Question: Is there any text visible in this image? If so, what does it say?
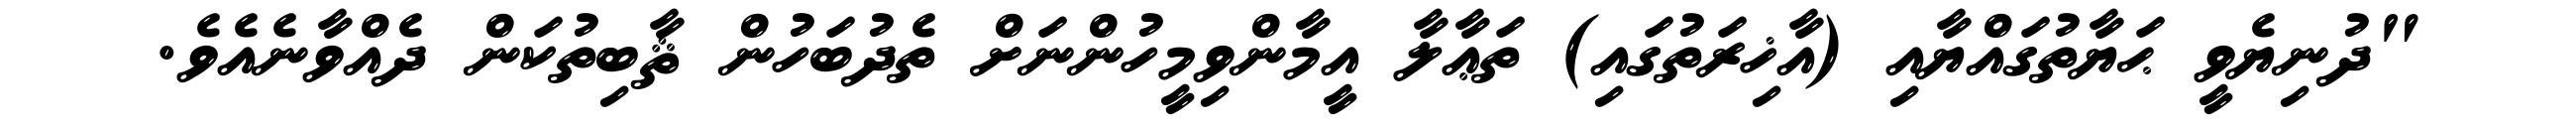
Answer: "ދުނިޔެވީ ޙަޔާތުގައްޔާއި (އާޚިރަތުގައި) ތަޢާލާ އީމާންވިމީހުންނަށް ތެދުބަހުން ޘާބިތުކަން ދެއްވާނެއެވެ.